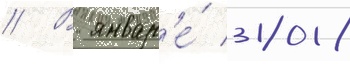
// В январ'е́ 2018